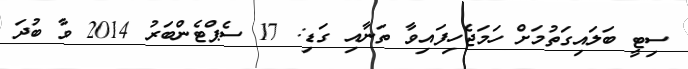
ސިޓީ ބަލައިގަތުމަށް ހަމަޖެހިފައިވާ ތަނާއި ގަޑި: 17 ސެޕްޓެންބަރު 2014 ވާ ބުދަ